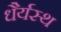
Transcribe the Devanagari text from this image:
धैर्यस्थ